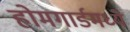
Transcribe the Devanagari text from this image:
होमगार्डमध्ये